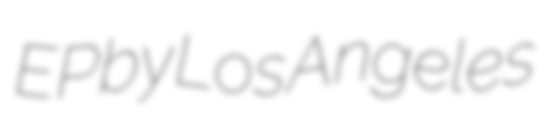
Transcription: EP by Los Angeles